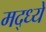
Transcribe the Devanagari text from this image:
मद्ध्ये